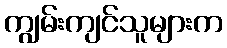
ကျွမ်းကျင်သူများက